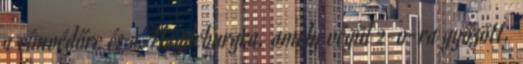
a címvédőre és a Magdeburgra, amely végül 2-0-ra győzött.